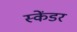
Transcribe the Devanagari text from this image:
स्केंडर